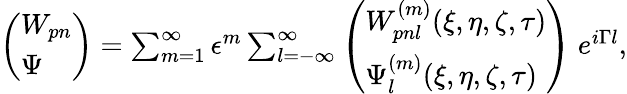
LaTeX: \begin{array}{r}{\left(\begin{array}{l}{W_{pn}}\\ {\Psi}\end{array}\right)=\sum_{m=1}^{\infty}\epsilon^{m}\sum_{l=-\infty}^{\infty}\left(\begin{array}{l}{W_{pnl}^{(m)}(\xi,\eta,\zeta,\tau)}\\ {\Psi_{l}^{(m)}(\xi,\eta,\zeta,\tau)}\end{array}\right)~e^{i\Gamma l},}\end{array}